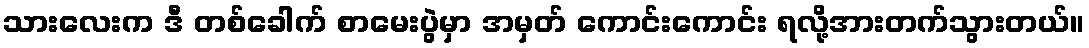
သားလေးက ဒီ တစ်ခေါက် စာမေးပွဲမှာ အမှတ် ကောင်းကောင်း ရလို့အားတက်သွားတယ်။